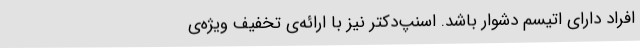
افراد دارای اتیسم دشوار باشد. اسنپ‌دکتر نیز با ارائه‌ی تخفیف ویژه‌ی